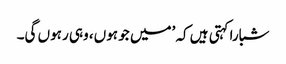
شبارا کہتی ہیں کہ ’میں جو ہوں، وہی رہوں گی۔